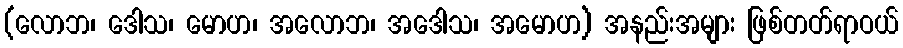
(လောဘ၊ ဒေါသ၊ မောဟ၊ အလောဘ၊ အဒေါသ၊ အမောဟ) အနည်းအများ ဖြစ်တတ်ရာဝယ်